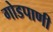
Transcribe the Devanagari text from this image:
गोडपाणी